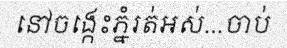
នៅចង្កេះភ្នំរត់អស់...ចាប់